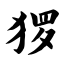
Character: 猡